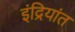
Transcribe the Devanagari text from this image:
इंद्रियांत